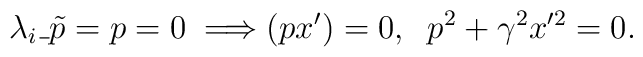
\lambda_i\_{\tilde p=p}=0\; \Longrightarrow(p x')=0,\;\; p^2+\gamma^2x'^2=0{.}